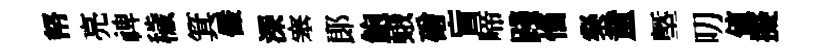
帑亮禆穢箕儼深塞郞鮑蛾磳盲啼踐惱粲童塈叨值擬